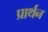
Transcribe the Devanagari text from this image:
प्रार्थन